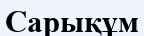
Сарықұм